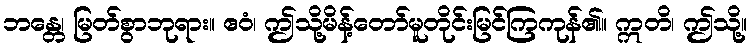
ဘန္တေ၊ မြတ်စွာဘုရား။ ဧဝံ၊ ဤသို့မိန့်တော်မူတိုင်းမြင်ကြကုန်၏။ ဣတိ၊ ဤသို့။